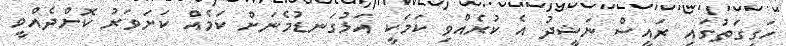
ހަގީގަތުގައި ރައީސް ނަޝީދު އެ ކުރެއްވި ކަމަކީ އަޅުގަނޑުމެނަށް ކަމެއް ކަށަވަރު ކޮށްދެއްވީ